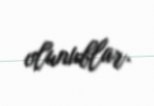
olunublar.